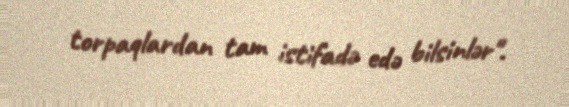
torpaqlardan tam istifadə edə bilsinlər".